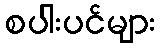
စပါးပင်များ